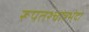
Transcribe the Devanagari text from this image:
रूपतश्चात्रभेदो